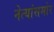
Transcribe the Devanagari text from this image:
नेत्यांसमोर